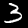
Digit: 3